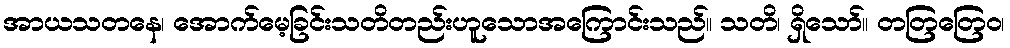
အာယသတနေ၊ အောက်မေ့ခြင်းသတိတည်းဟူသောအကြောင်းသည်။ သတိ၊ ရှိသော်။ တတြတြေဝ၊